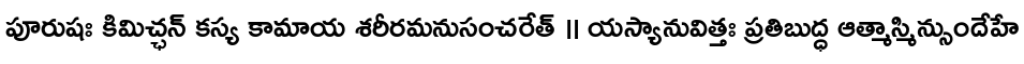
పూరుషః కిమిచ్ఛన్ కస్య కామాయ శరీరమనుసంచరేత్ ॥ యస్యానువిత్తః ప్రతిబుద్ధ ఆత్మాస్మిన్సుందేహే